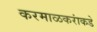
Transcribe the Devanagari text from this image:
करमाळकरांकडे